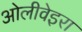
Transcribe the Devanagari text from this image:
ओलीवेइरा